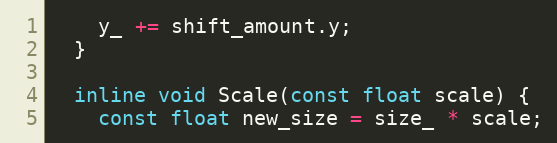
Language: C
    y_ += shift_amount.y;
  }

  inline void Scale(const float scale) {
    const float new_size = size_ * scale;